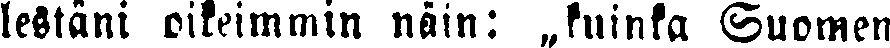
lestäni oikeimmin näin: „kuinka Suomen